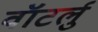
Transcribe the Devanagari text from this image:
वॉटर्लु